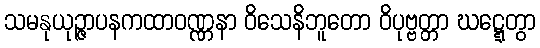
သမနုယုဉ္ဇာပနကထာဝဏ္ဏနာ ဝိသေနိဘူတော ဝိပုဗ္ဗတ္တာ ဃဋ္ဋေတွာ